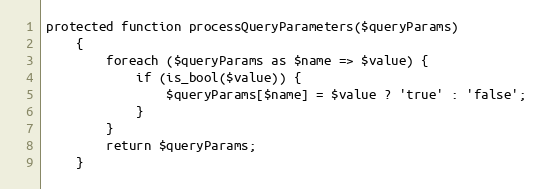
Language: PHP
protected function processQueryParameters($queryParams)
    {
        foreach ($queryParams as $name => $value) {
            if (is_bool($value)) {
                $queryParams[$name] = $value ? 'true' : 'false';
            }
        }
        return $queryParams;
    }